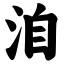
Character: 洎